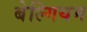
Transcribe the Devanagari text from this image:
बेल्गियम